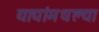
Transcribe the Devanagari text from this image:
याद्यांमधल्या